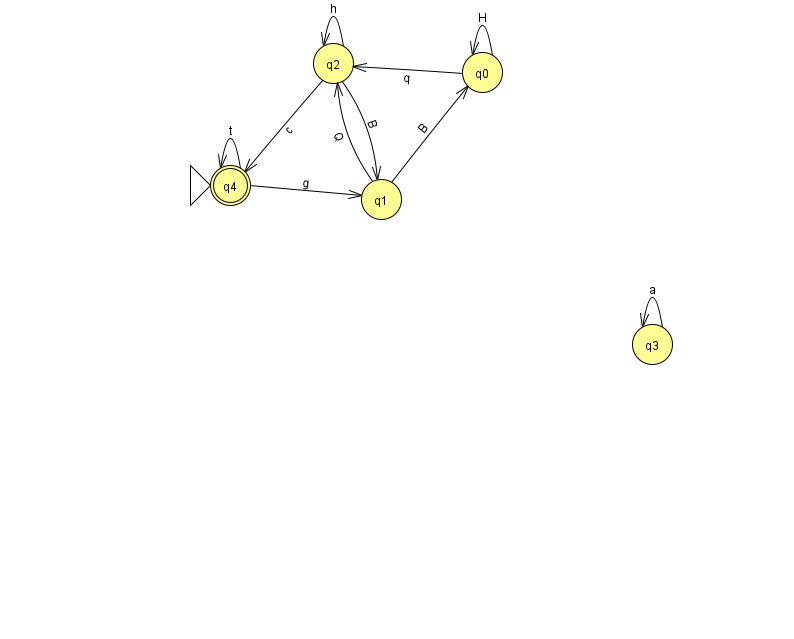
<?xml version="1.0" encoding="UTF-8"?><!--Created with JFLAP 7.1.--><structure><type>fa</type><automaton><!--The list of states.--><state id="0" name="q0"><x>482.0</x><y>59.0</y></state><state id="1" name="q1"><x>381.0</x><y>186.0</y></state><state id="2" name="q2"><x>333.0</x><y>50.0</y></state><state id="3" name="q3"><x>652.0</x><y>331.0</y></state><state id="4" name="q4"><x>230.0</x><y>172.0</y><initial/><final/></state><!--The list of transitions.--><transition><from>2</from><to>1</to><read>B</read></transition><transition><from>3</from><to>3</to><read>a</read></transition><transition><from>1</from><to>2</to><read>Q</read></transition><transition><from>4</from><to>1</to><read>g</read></transition><transition><from>4</from><to>4</to><read>t</read></transition><transition><from>2</from><to>4</to><read>c</read></transition><transition><from>0</from><to>0</to><read>H</read></transition><transition><from>2</from><to>2</to><read>h</read></transition><transition><from>0</from><to>2</to><read>q</read></transition><transition><from>1</from><to>0</to><read>B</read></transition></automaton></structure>